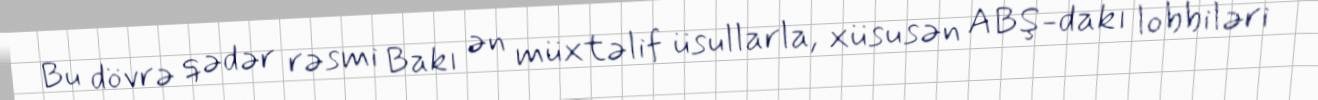
Bu dövrə qədər rəsmi Bakı ən müxtəlif üsullarla, xüsusən ABŞ-dakı lobbiləri